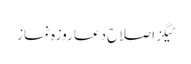
ٹیگزاصلاح دعا روزہ نماز